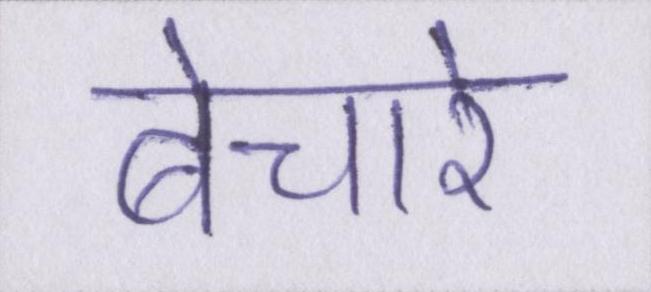
बेचारे